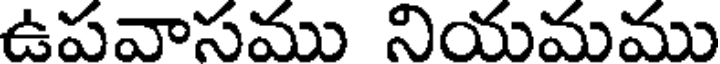
ఉపవాసము నియమము